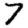
Digit: 7